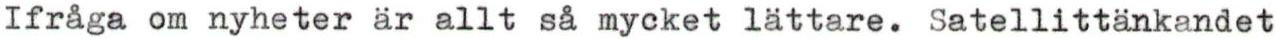
Ifråga om nyheter är allt så mycket lättare. Satellittänkandet